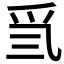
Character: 𤓸